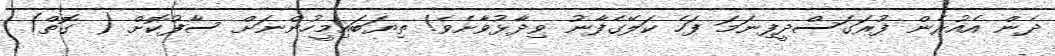
ދެން އެއުރެން ފުރަގަސްދީފިނަމަ ފަހެ ކަލޭގެފާނު ވިދާޅުވާށެވެ! ތިޔަބައިމީހުންނަށް ސާފުކޮށް ( ގޮތް)